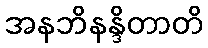
အနဘိနန္ဒိတာတိ